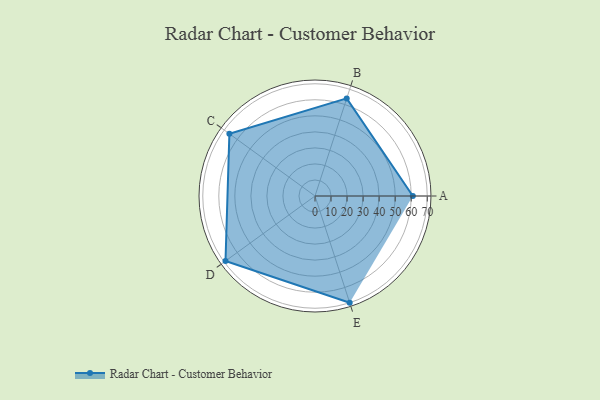
{"axis": {"x": "Skill", "y": "Score"}, "legend": ["Profile"], "data": [{"x": "A", "y": 61.0, "type": "Profile"}, {"x": "B", "y": 64.0, "type": "Profile"}, {"x": "C", "y": 66.0, "type": "Profile"}, {"x": "D", "y": 69.0, "type": "Profile"}, {"x": "E", "y": 70.0, "type": "Profile"}]}